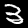
Label: 3